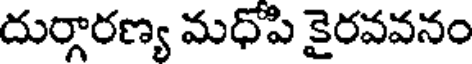
దుర్గారణ్య మధోపి కైరవవనం